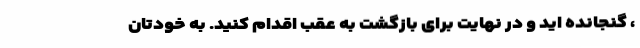
، گنجانده اید و در نهایت برای بازگشت به عقب اقدام کنید. به خودتان